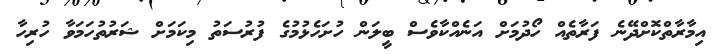
އިމާރާތްކޮށްދޭނެ ފަރާތެއް ހޯދުމަށް އަނެއްކާވެސް ބީލަން ހުށަހެޅުމުގެ ފުރުސަތު މިކަމަށް ޝަރުތުހަމަވާ ހުރިހާ